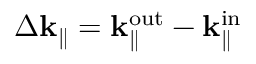
\Delta \mathbf { k } _ { \parallel } = \mathbf { k } _ { \parallel } ^ { \mathrm { o u t } } - \mathbf { k } _ { \parallel } ^ { \mathrm { i n } }